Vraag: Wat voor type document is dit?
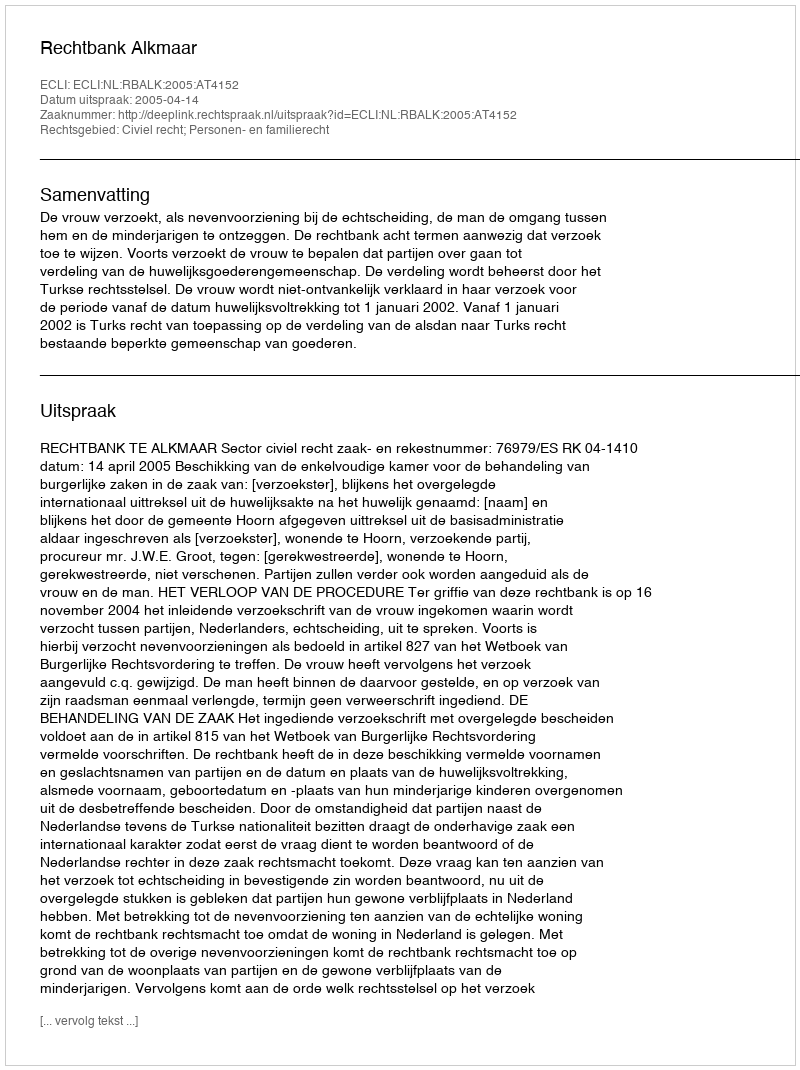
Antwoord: Uitspraak